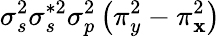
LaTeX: \sigma_{s}^{2}\sigma_{s}^{*2}\sigma_{p}^{2}\left(\pi_{y}^{2}-\pi_{\mathbf{x}}^{2}\right)